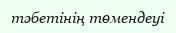
тәбетінің төмендеуі